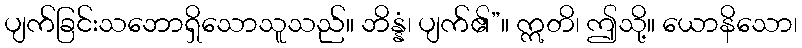
ပျက်ခြင်းသဘောရှိသောသူသည်။ ဘိန္နံ၊ ပျက်၏”။ ဣတိ၊ ဤသို့။ ယောနိသော၊